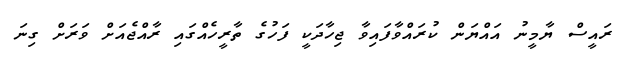
ރައީސް ޔާމީނު އައްޔަން ކުރައްވާފައިވާ ޖިހާދަކީ ފަހުގެ ތާރީހެއްގައި ރާއްޖެއަށް ވަރަށް ގިނަ